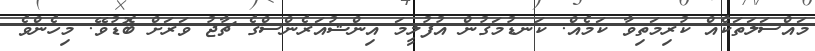
މައްސަލަތަކެއް ކުރިމަތިވާ ކަމެއް. ކަނޑުމަގުން އުފުލީމަ އިންޝުއަރެންސްގެ ޗާޖު ވަރަށް ބޮޑުވޭ. މިހެންވެ